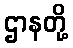
ဌာနတို့